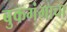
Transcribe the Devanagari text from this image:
बुकगंगाचा